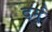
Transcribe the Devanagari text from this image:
दर्मू